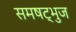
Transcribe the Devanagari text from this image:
समषट्भुज